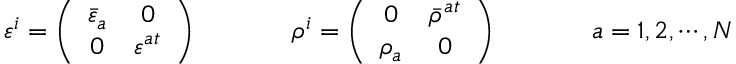
\begin{array} { c c c } { { \varepsilon ^ { i } = \left( \begin{array} { c c } { { \bar { \varepsilon } _ { a } } } & { { 0 } } \\ { { 0 } } & { { \varepsilon ^ { a } { } ^ { t } } } \end{array} \right) ~ ~ ~ ~ } } & { { ~ ~ ~ ~ \rho ^ { i } = \left( \begin{array} { c c } { { 0 } } & { { \bar { \rho } ^ { a } { } ^ { t } } } \\ { { \rho _ { a } } } & { { 0 } } \end{array} \right) ~ ~ ~ ~ } } & { { ~ ~ ~ ~ a = 1 , 2 , \cdots , N } } \end{array}